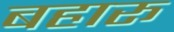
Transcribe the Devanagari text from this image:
बहारू